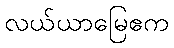
လယ်ယာမြေဧက